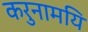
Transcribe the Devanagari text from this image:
करुनामयि